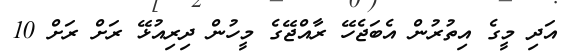
އަދި މީގެ އިތުރުން އެބަޖެހޭ ރާއްޖޭގެ މީހުން ދިރިއުޅޭ ރަށް ރަށް 10